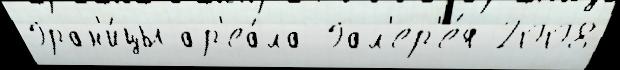
Гран'и́цы ар'еа́ла Гал'ер'е́я 2008